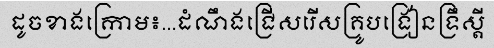
ដូចខាងក្រោម៖...ដំណឹងជ្រើសរើសគ្រូបង្រៀនទ្រឹស្តី